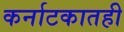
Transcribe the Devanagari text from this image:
कर्नाटकातही